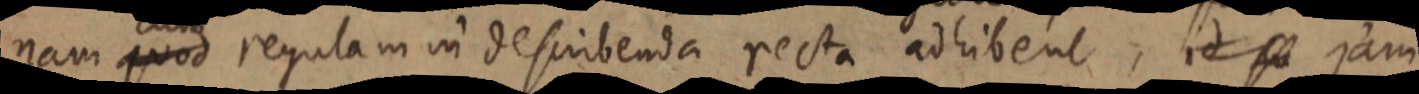
nam quod regulam in describenda recta adhibent, id se jam